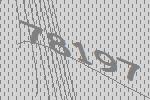
78197